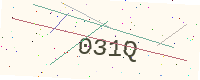
Text: 031Q